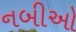
નબીઓ